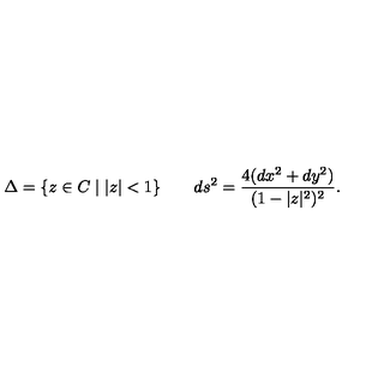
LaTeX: \Delta = \{ z \in C \mid | z | < 1 \} \qquad d s ^ { 2 } = \frac { 4 ( d x ^ { 2 } + d y ^ { 2 } ) } { ( 1 - | z | ^ { 2 } ) ^ { 2 } } .